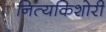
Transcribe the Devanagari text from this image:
नित्यकिशोरी